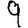
Digit: 9